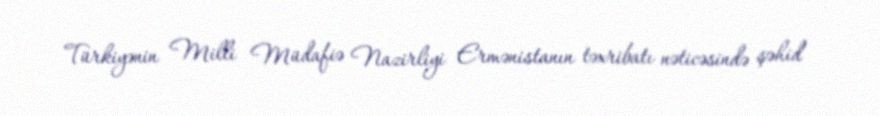
Türkiyənin Milli Müdafiə Nazirliyi Ermənistanın təxribatı nəticəsində şəhid